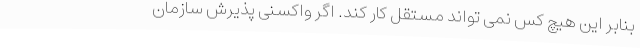
بنابر این هیچ کس نمی تواند مستقل کار کند. اگر واکسنی پذیرش سازمان